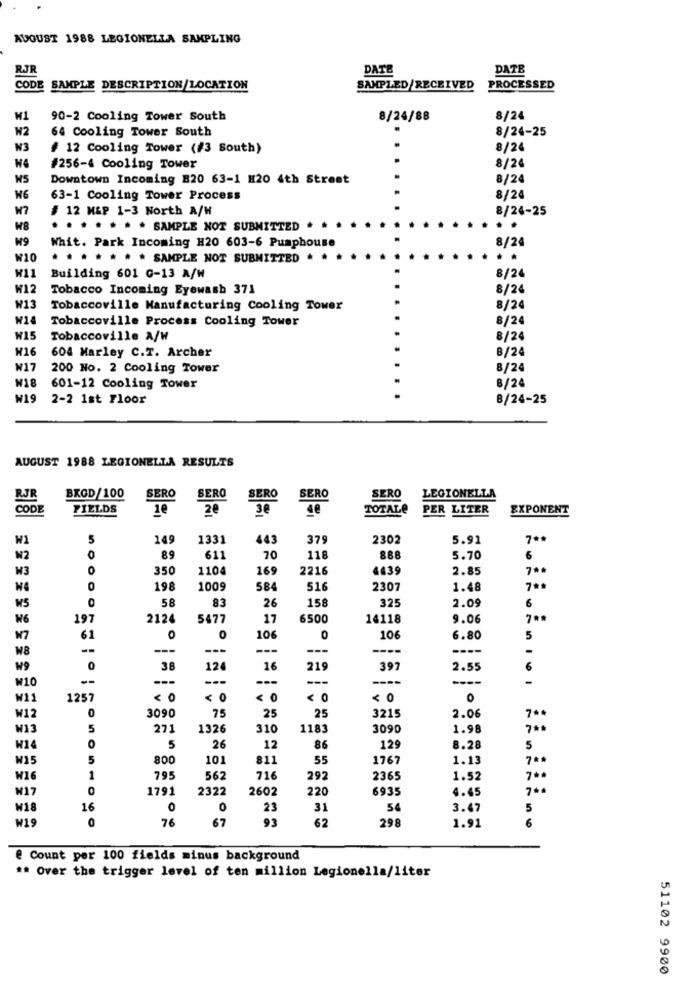
AUGUST 1988 LEGIONELLA SAMPLING
RAJ
DATE
DATE
CODE SAMPLE DESCRIPTION/LOCATION
SAMPLED/RECEIVED
PROCESSED
W1
90-2 Cooling Tower South
8/24/88
8/24
W2
8/24-25
64 Cooling Tower South
N3
# 12 Cooling Tower (#3 South)
8/24
8/24
#256-4 Cooling Tower
Downtown Incoming B20 63-1 H20 4th Street
8/24
W6
63-1 Cooling Tower Process
8/24
# 12 M&P 1-3 North A/H
8/24-25
H8
....
. SAMPLE NOT SUBMITTED .
..
19
Whit. Park Incoming #20 603-6 Pumphouse
8/24
W10
. . .. . . . SAMPLE NOT SUBMITTED .
8/24
Building 601 G-13 A/W
W12
Tobacco Incoming Eyewash 371
8/24
W13
Tobaccoville Manufacturing Cooling Tower
8/24
H14
Tobaccoville Process Cooling Tower
8/24
W15
Tobaccoville A/W
8/24
W16
B/24
604 Marley C.T. Archer
W17
200 No. 2 Cooling Tower
8/24
W18
601-12 Cooling Tower
8/24
W19
2-2 1st Floor
B/24-25
AUGUST 1988 LEGIONELLA RESULTS
LEGIONELLA
BKGD/100
SERO
SERO
SERO
SERO
SERO
CODE
FIELDS
10
3€
4€
TOTALE
PER LITER
EXPONENT
W1
5
149
1331
443
379
2302
5.91
7 **
W2
89
611
70
118
888
5.70
6
W3
0
350
1104
169
2216
4439
2.85
0
198
1009
584
516
2307
1.48
7 **
83
26
158
32
W5
58
2.09
6
W6
197
2124
5477
17
6500
14118
9.06
7 **
W7
61
0
106
106
6.80
5
W8
---
---
---
---
----
W9
0
38
12
16
219
397
2.55
6
W10
--
---
---
---
----
----
-
W11
1257
<0
< 0
< 0
< 0
< 0
0
75
25
25
3215
2.06
W12
3090
7 **
W13
5
271
1326
310
1183
3090
1.98
700
W14
O
5
26
12
86
12
8.28
5
W15
5
800
10
811
55
1767
1.13
7 **
W16
795
567
716
292
2365
1.52
N17
10
1791
2322
2602
220
6935
4.45
7 **
W18
16
0
0
23
31
54
3.47
W19
0
76
67
93
62
298
6
1.91
@ Count per 100 fields minus background
** Over the trigger level of ten million Legionella/liter
51102 9900